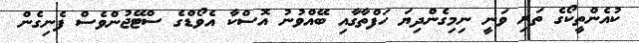
ކުއެންތީކޯގެ ތަރި ވަނީ ނިމިގެންދިޔަ ހަފްތާގާއި ބޭއްވުނު އޮސްކާ އެވޯޑްގެ ސްޓޭޖުންވެސް ފެނިގެން